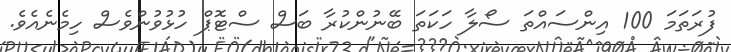
ފުރަތަމަ 100 އިންސައްތަ ސޯލާ ހަކަތަ ބޭނުންކުރާ ބަސް ސްޓޮޕް ހުޅުވުންވެސް ހިމެނެއެވެ.